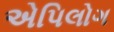
એપિલોગ